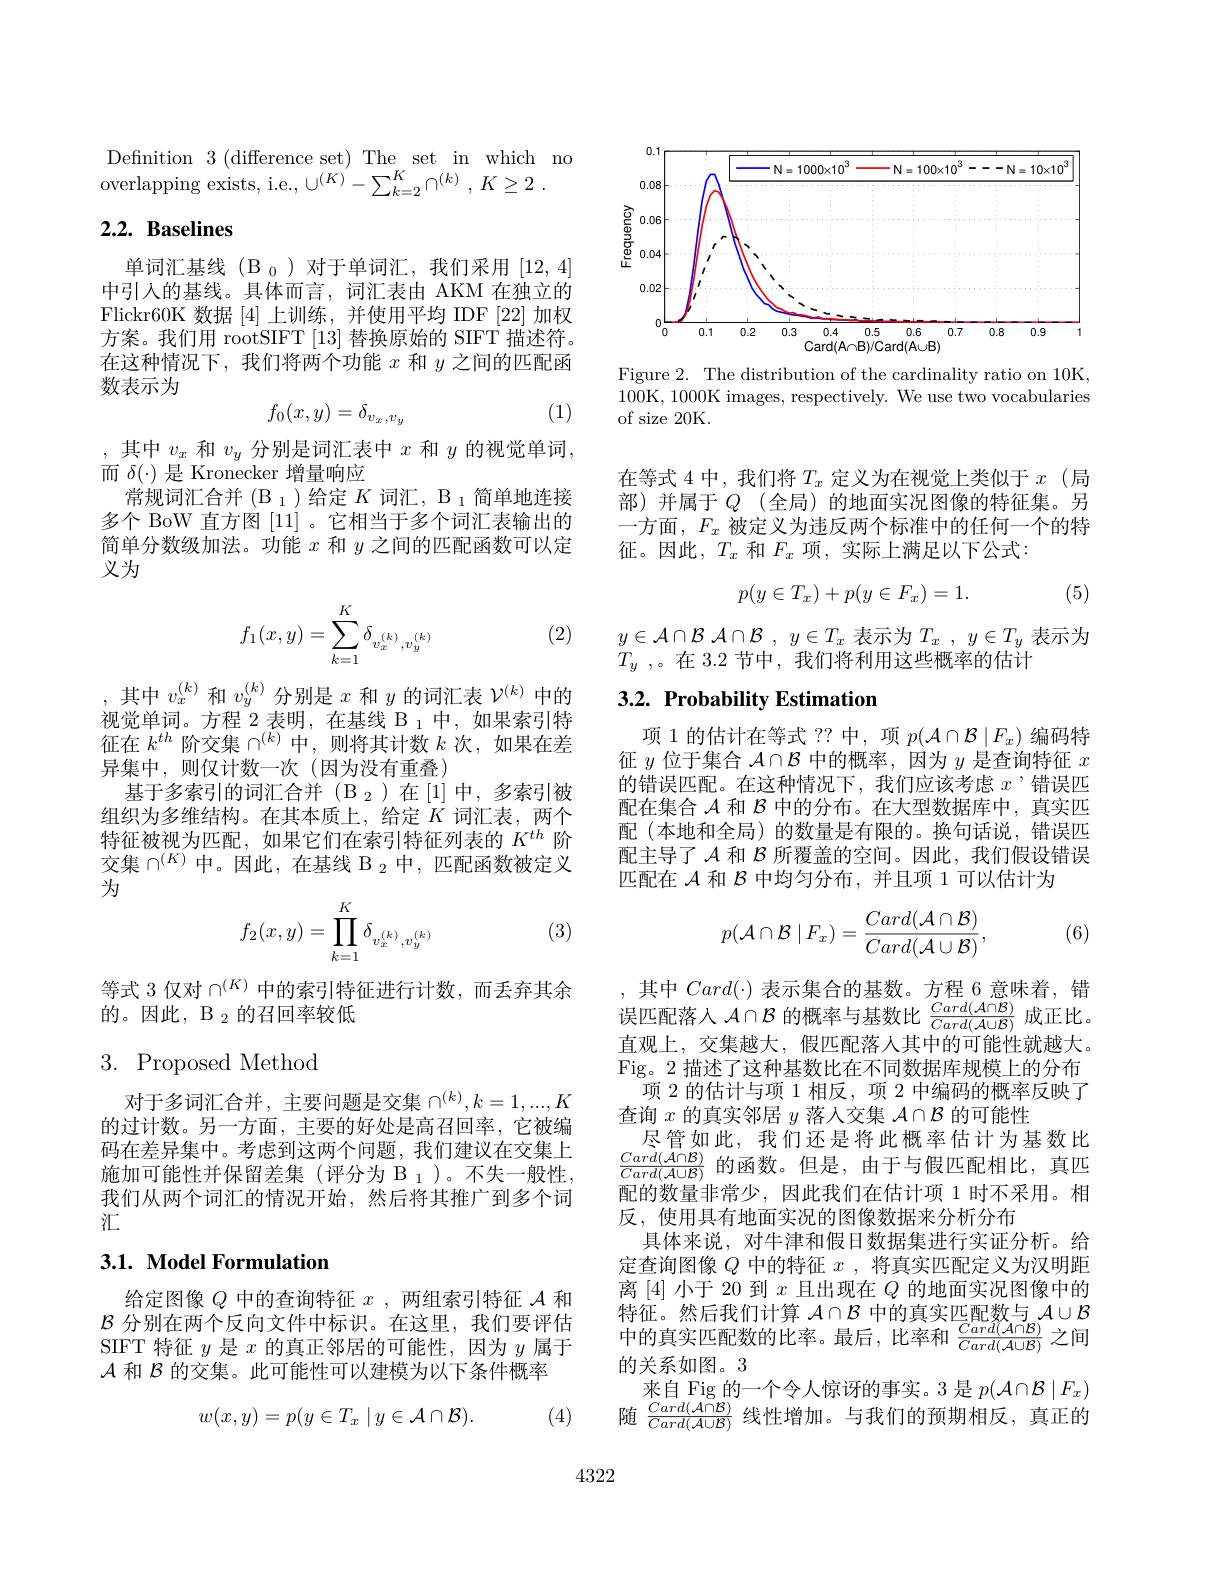
Defnition 3(difference set) The set in which no

overlapping exists, i.e., $\cup ^{( K) }- \sum _{k= 2}^K\cap ^{( k) }$ , $K\geq 2$ .

## $2. 2. \textbf{ Baselines}$

单词汇基线(B_0)对于单词汇，我们采用[12,4] 中引入的基线。具体而言，词汇表由 AKM 在独立的Flickr60K 数据[4]上训练，并使用平均 IDF [22]加权方案。我们用 rootSIFT [13]替换原始的 SIFT 描述符。在这种情况下，我们将两个功能$x$和$y$之间的匹配函数表示为
$$f_0(x,y)=\delta_{v_x,v_y}$$
(1)

,其中$v_x$和$v_y$分别是词汇表中$x$和$y$的视觉单词，
而$\delta(\cdot)$是 Kronecker 增量响应
常规词汇合并(B $_1$)给定 $K\text{ 词汇，B }_1$简单地连接多个 BoW 直方图[11] 。它相当于多个词汇表输出的简单分数级加法。功能$x$和$y$之间的匹配函数可以定义为
$$f_1(x,y)=\sum\limits_{k=1}^K\delta_{v_x^{(k)},v_y^{(k)}}$$
(2)

,其中$v_x^(k)$和$v_y^(k)$分别是$x$和$y$的词汇表$\mathcal{V}^(k)$中的视觉单词。方程 2 表明，在基线 B $_1$中，如果索引特征在$k^{th}$阶交集$\cap^(k)$中，则将其计数$k$次，如果在差异集中，则仅计数一次(因为没有重叠)
基于多索引的词汇合并(B_2)在[1]中，多索引被组织为多维结构。在其本质上，给定$K$词汇表，两个特征被视为匹配，如果它们在索引特征列表的$K^{th}$阶交集$\cap^{(K)}$ 中。因此，在基线 B $_2$ 中，匹配函数被定义为
$$f_2(x,y)=\prod\limits_{k=1}^K\delta_{v_x^{(k)},v_y^{(k)}}$$
(3)

等式 3 仅对$\cap^{(K)}$中的索引特征进行计数，而丢弃其余
的。因此，B $_2$的召回率较低

## 3. Proposed Method

对于多词汇合并，主要问题是交集$\cap^(k),k=1,...,K$ 的过计数。另一方面，主要的好处是高召回率，它被编码在差异集中。考虑到这两个问题，我们建议在交集上施加可能性并保留差集(评分为 B $_1$)。不失一般性， 我们从两个词汇的情况开始，然后将其推广到多个词汇

## 3.1. Model Formulation

给定图像$Q$中的查询特征$x$,两组索引特征$\mathcal{A}$和$\mathcal{B}$分别在两个反向文件中标识。在这里，我们要评估SIFT 特征$y$是$x$的真正邻居的可能性，因为$y$属于$\mathcal{A}$和$\mathcal{B}$的交集。此可能性可以建模为以下条件概率
$$w(x,y)=p(y\in T_{x}\mid y\in\mathcal{A}\cap\mathcal{B}).$$
(4)

<FigureHere>

Figure 2. The distribution of the cardinality ratio on 10K, 100K, 1000K images, respectively. We use two vocabularies of size 20K.

在等式 4 中，我们将$T_x$定义为在视觉上类似于$x$ (局部)并属于$Q$ (全局)的地面实况图像的特征集。另一方面，$F_x$被定义为违反两个标准中的任何一个的特征。因此，$T_x$ 和$F_x$ 项，实际上满足以下公式：
$$p(y\in T_x)+p(y\in F_x)=1.$$
(5)

$y\in \mathcal{A} \cap \mathcal{B}$ $\mathcal{A} \cap \mathcal{B}$ , $y\in T_x$表示为$T_x$ , $y\in T_y$表示为
$\tilde{T} _y$ ,。在 3.2 节中，我们将利用这些概率的估计

## 3.2. Probability Estimation

项 1 的估计在等式 ?? 中，项$p(\mathcal{A}\cap\mathcal{B}\mid F_x)$编码特征$y$位于集合$\mathcal{A}\cap\mathcal{B}$中的概率，因为$y$是查询特征$x$ 的错误匹配。在这种情况下，我们应该考虑$x$ ’错误匹配在集合$\mathcal{A}$和$\mathcal{B}$中的分布。在大型数据库中，真实匹配(本地和全局) 的数量是有限的。换句话说，错误匹配主导了$\mathcal{A}$和$\mathcal{B}$所覆盖的空间。因此，我们假设错误匹配在$\mathcal{A}$和$\mathcal{B}$中均匀分布，并且项 1 可以估计为
$$p(\mathcal{A}\cap\mathcal{B}\mid F_x)=\frac{Card(\mathcal{A}\cap\mathcal{B})}{Card(\mathcal{A}\cup\mathcal{B})},$$
(6)

,其中 $Card(\cdot)$ 表示集合的基数。方程 6 意味着，错误匹配落入$\mathcal{A}\cap\mathcal{B}$的概率与基数比$\frac Card(\mathcal{A}\cap\mathcal{B}){Card(\mathcal{A}\cup\mathcal{B})}$成正比。直观上，交集越大，假匹配落人其中的可能性就越大。Fig。2 描述了这种基数比在不同数据库规模上的分布
项 2 的估计与项 1 相反，项 2 中编码的概率反映了
查询$x$的真实邻居$y$落人交集$\mathcal{A}\cap\mathcal{B}$的可能性
尽管如此，我们还是将此概率估计为基数比$\frac{Card(\mathcal{A}\cap\mathcal{B})}{Card(\mathcal{A}\cup\mathcal{B})}$的函数。但是，由于与假匹配相比，真四配的数量非常少，因此我们在估计项 1 时不采用。相反，使用具有地面实况的图像数据来分析分布
具体来说，对牛津和假日数据集进行实证分析。给定查询图像$Q$中的特征$x$ ,将真实匹配定义为汉明距离[4]小于 20 到$x$且出现在$Q$的地面实况图像中的特征。然后我们计算$\mathcal{A}\cap\mathcal{B}$中的真实匹配数与$\mathcal{A}\cup\mathcal{B}$ 中的真实匹配数的比率。最后，比率和$\frac{Card(\mathcal{A}\cap\mathcal{B})}{Card(\mathcal{A}\cup\mathcal{B})}$之间的关系如图。3
来自 Fig 的一个令人惊讶的事实。3 是$p(\mathcal{A}\cap\mathcal{B}\mid F_x)$ 随$\frac{Card(\mathcal{A}|\cap\mathcal{B})}{Card(\mathcal{A}\cup\mathcal{B})}$线性增加。与我们的预期相反，真正的

4322